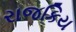
રાજકિય